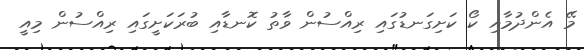
މޭ އެންދުމާއި ކޯ ކަށިގަނޑުގައި ރިއްސުން ވާތު ކޮނޑާއި ބުރަކަށީގައި ރިއްސުން މިއީ